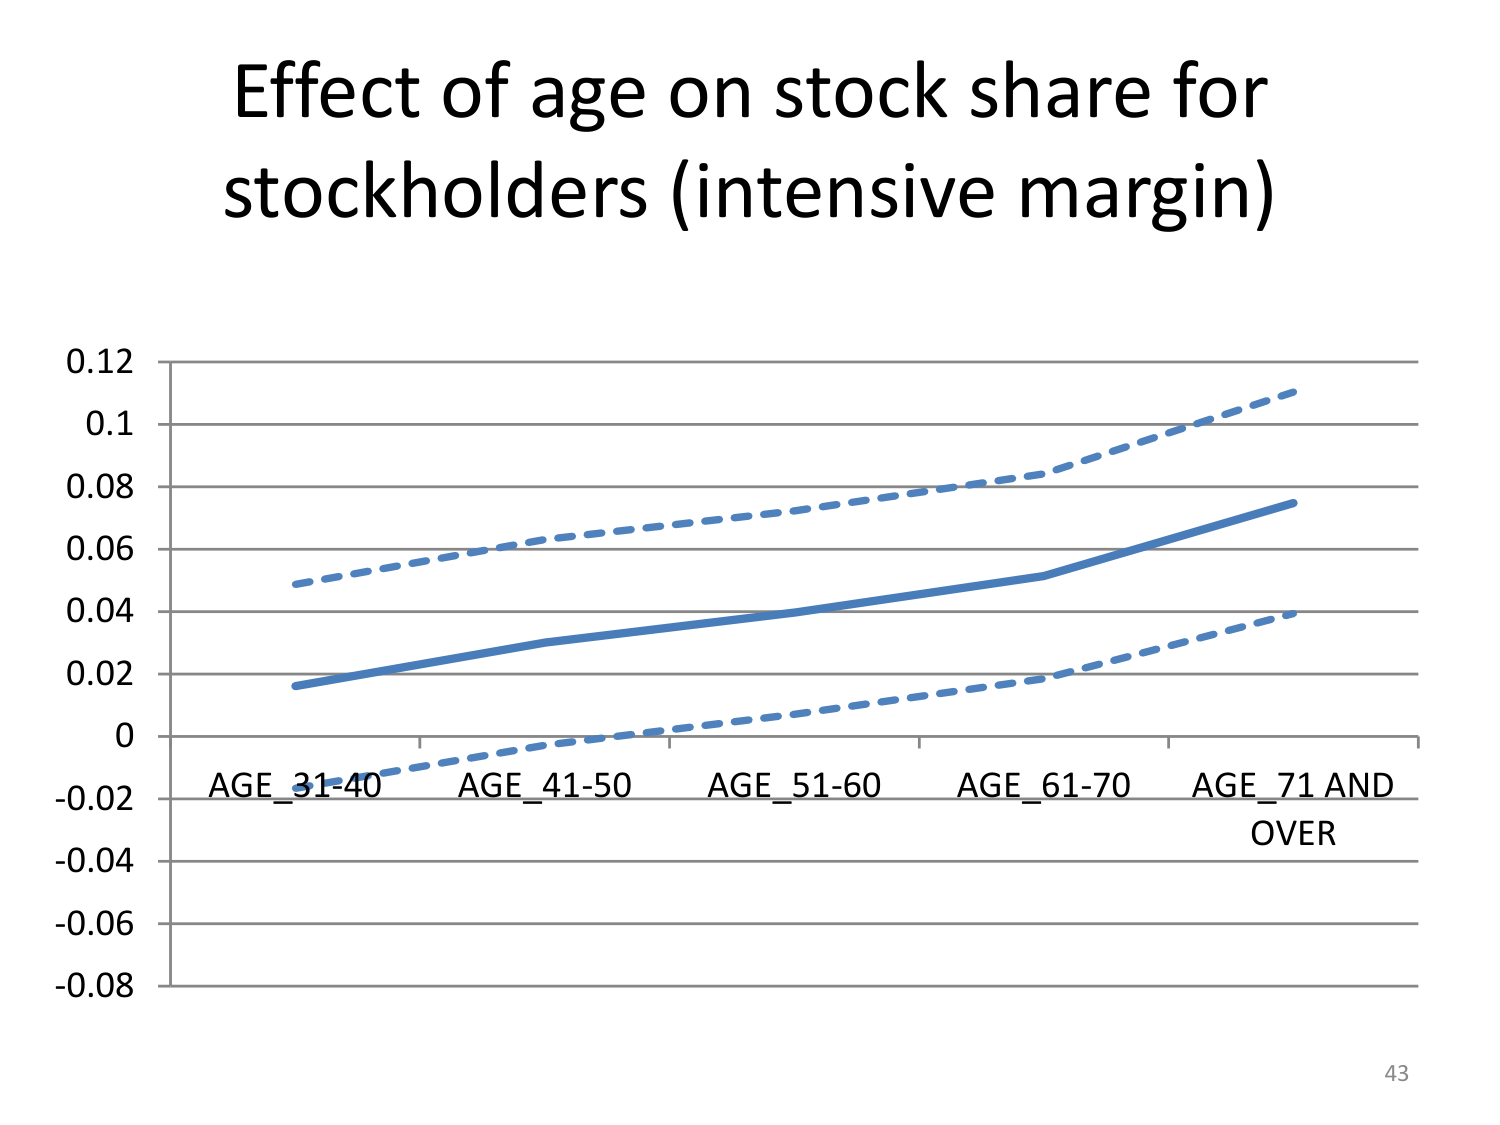
Effect of age on stock share for
stockholders (intensive margin)

0.12
0.1
0.08
0.06
0.04
0.02
0
-0.02
-0.04
-0.06
-0.08

AGE_31-40
AGE_41-50
AGE_51-60
AGE_61-70
AGE_71 AND
OVER

43